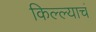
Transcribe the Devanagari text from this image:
किल्ल्याचं